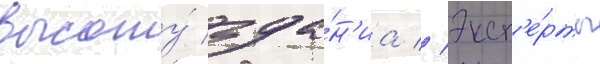
высоту́ зда́н'иа // Эксп'е́рты